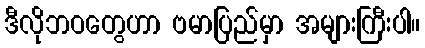
ဒီလိုဘဝတွေဟာ ဗမာပြည်မှာ အများကြီးပါ။